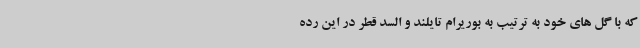
که با گل های خود به ترتیب به بوریرام تایلند و السد قطر در این رده